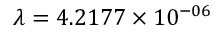
\lambda = 4 . 2 1 7 7 \times 1 0 ^ { - 0 6 }